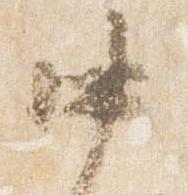
中